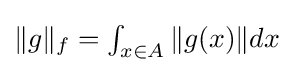
{\textstyle \|g\|_{f}=\int _{x\in A}\|g(x)\|dx}